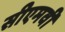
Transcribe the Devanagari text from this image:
सीएमवी